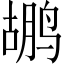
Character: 鹕